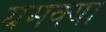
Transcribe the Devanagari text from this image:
यमक्या